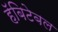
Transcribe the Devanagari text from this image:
हॅबिटेबल